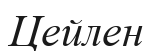
Цейлен